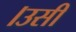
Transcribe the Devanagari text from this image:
।उसी